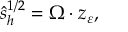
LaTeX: \hat { s } _ { h } ^ { 1 / 2 } = \Omega \cdot z _ { \varepsilon } ,